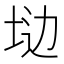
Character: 𱖩